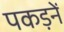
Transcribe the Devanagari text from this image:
पकड़नें